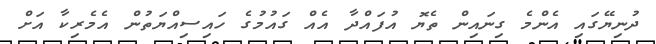
ދުނިޔޭގައި އެންމެ ގިނައިން ތެޔޮ އުފައްދާ އެއް ގައުމުގެ ހައިސިއްޔަތުން އެމެރިކާ އަށް